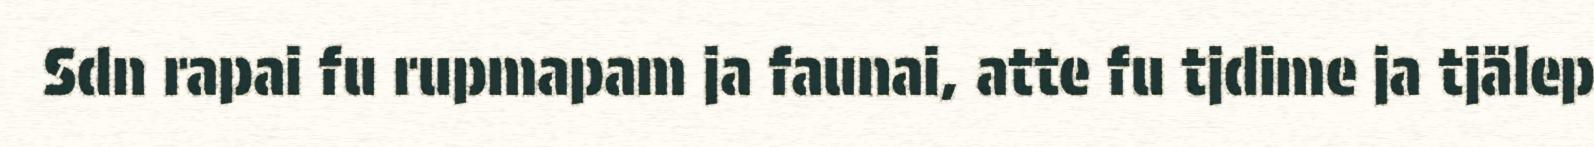
Sdn rapai fu rupmapam ja faunai, atte fu tjdime ja tjälep